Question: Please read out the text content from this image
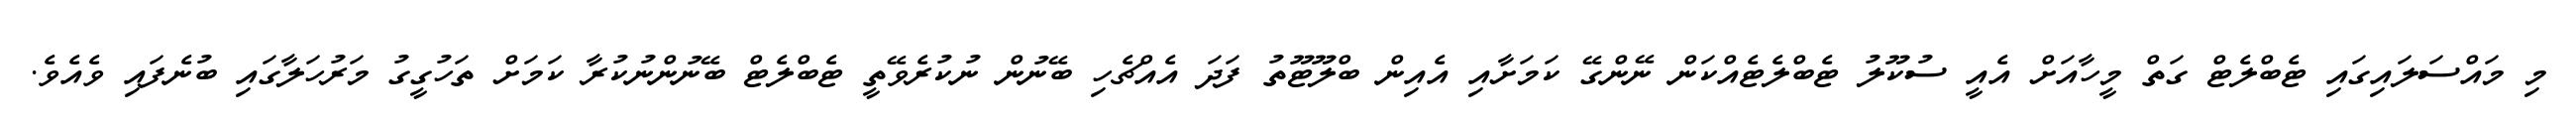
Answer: މި މައްސަލައިގައި ޓެބްލެޓް ގަތް މީހާއަށް އެއީ ސުކޫލު ޓެބްލެޓެއްކަން ނޭންގޭ ކަމަށާއި އެއިން ބްލޫޓޫތު ފަދަ އެއްޗެހި ބޭނުން ނުކުރެވޭތީ ޓެބްލެޓް ބޭނުންނުކުރާ ކަމަށް ތަހުގީގު މަރުހަލާގައި ބުނެފައި ވެއެވެ.